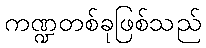
ကဏ္ဍတစ်ခုဖြစ်သည်